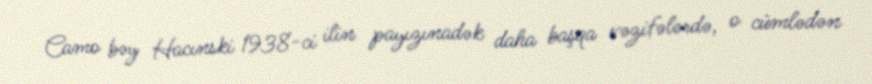
Camo bəy Hacınski 1938-ci ilin payızınadək daha başqa vəzifələrdə, o cümlədən